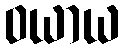
ဝယာယ